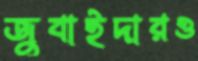
জুবাইদারও